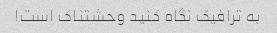
به ترافیک نگاه کنید وحشتناک است!